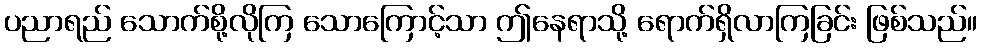
ပညာရည် သောက်စို့လိုကြ သောကြောင့်သာ ဤနေရာသို့ ရောက်ရှိလာကြခြင်း ဖြစ်သည်။